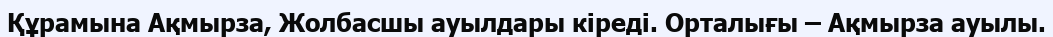
Құрамына Ақмырза, Жолбасшы ауылдары кіреді. Орталығы – Ақмырза ауылы.